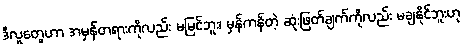
ဒီလူတွေဟာ အမှန်တရားကိုလည်း မမြင်ဘူး၊ မှန်ကန်တဲ့ ဆုံးဖြတ်ချက်ကိုလည်း မချနိုင်ဘူးဟု